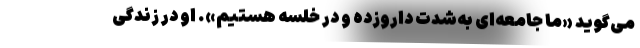
می‌گوید «ما جامعه‌ای به‌شدت داروزده و در خلسه هستیم». او در زندگی